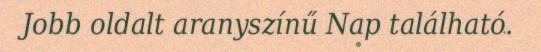
Jobb oldalt aranyszínű Nap található.